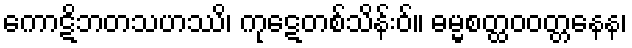
ကောဋိဘတသဟဿိ၊ ကုဋေတစ်သိန်းဝ်။ ဓမ္မစတ္ထဝဝတ္တနေန၊